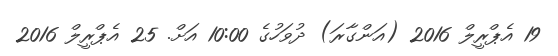
19 އެޕްރީލް 2016 (އަންގާރަ) ދުވަހުގެ 10:00 އަށް. 25 އެޕްރީލް 2016